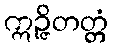
ဣဉ္ဇိတတ္တံ